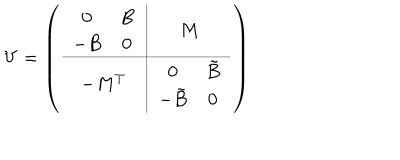
V = \left( \begin{array} { c | c } { { \begin{array} { c c } { { 0 } } & { { B } } \\ { { - B } } & { { 0 } } \\ \end{array} } } & { { M } } \\ \hline { { - M ^ { T } } } & { { \begin{array} { c c } { { 0 } } & { { \tilde { B } } } \\ { { - \tilde { B } } } & { { 0 } } \\ \end{array} } } \\ \end{array} \right)